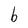
Character: b